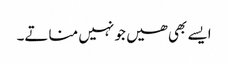
ایسے بھی ھیں جو نہیں مناتے۔